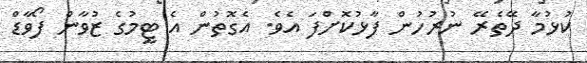
ކުޅުމާ ދޭތެރޭ ނުރުހުން ފާޅުކޮށްފަ އެވެ. އެގޮތުން އެ ޓީމުގެ ޒުވާން ފޯވާޑް